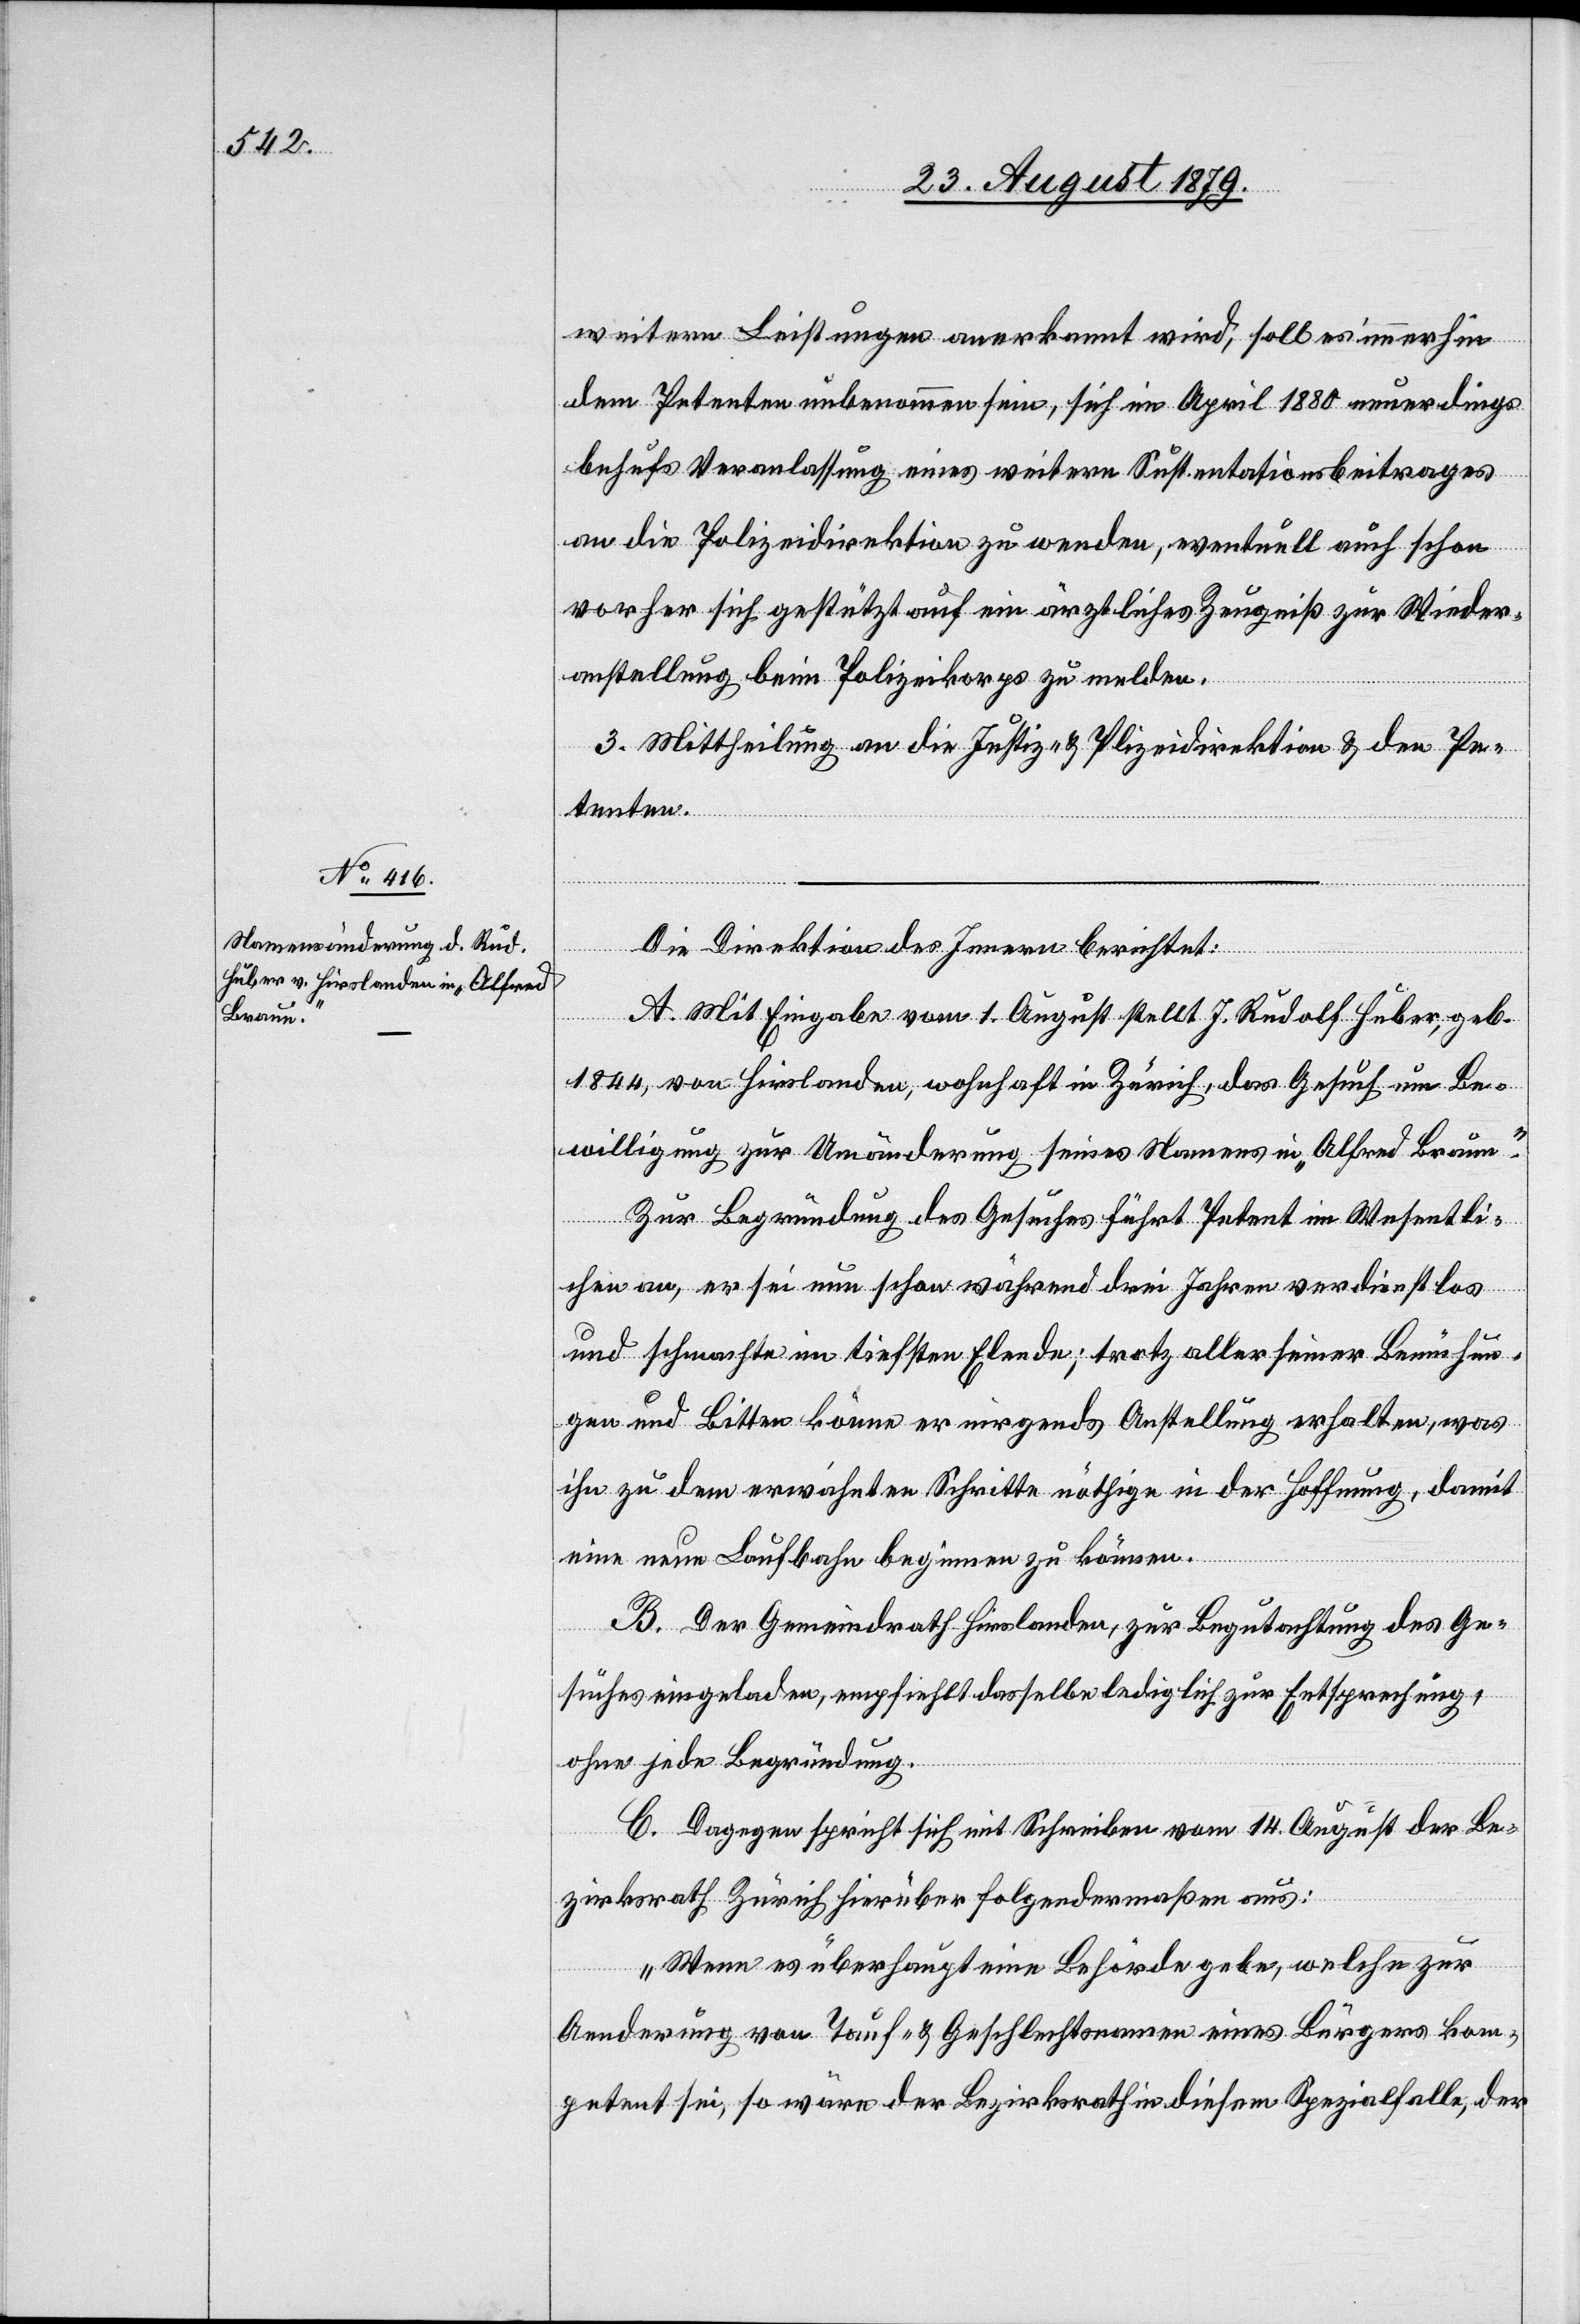
weiteren Leistungen anerkannt wird; soll es immerhin
dem Petenten unbenommen sein, sich im April 1880 neuerdings
behufs Veranlassung eines weitern Sustentationsbeitrages
an die Polizeidirektion zu wenden, eventuell auch schon
vorher sich gestützt auf ein ärztliches Zeugniß zur Wieder¬
anstellung beim Polizeikoprs zu melden.
3. Mittheilung an die Justiz- & Polizeidirektion & den Pe¬
tenten.
Die Direktion des Innern berichtet:
A. Mit Eingabe vom 1. August stellt J. Rudolf Huber, geb.
1844, von Hirslanden, wohnhaft in Zürich, das Gesuch um Be¬
willigung zur Umänderung seines Namens in „Alfred Braun“.
Zur Begründung des Gesuches führt Petent im Wesentli¬
chen an, er sei nun schon während drei Jahren verdienstlos
und schmachte im tiefsten Elende; trotz aller seiner Bemühun¬
gen und Bitten könne er nirgends Anstellung erhalten, was
ihn zu dem erwähnten Schritte nöthige in der Hoffnung, damit
eine neue Laufbahn beginnen zu können.
B. Der Gemeindrath Hirslanden, zur Begutachtung des Ge¬
suches eingeladen, empfiehlt dasselbe lediglich zur Entsprechung,
ohne jede Begründung.
C. Dagegen spricht sich mit Schreiben vom 14. August der Be¬
zirksrath Zürich hierüber folgendermaßen aus:
„Wenn es überhaupt eine Behörde gebe, welche zur
Aenderung von Tauf- & Geschlechtsnamen eines Bürgers kom¬
petent sei, so wäre der Bezirksrath in diesem Spezialfalle, der